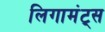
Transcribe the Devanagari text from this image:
लिगामंट्स